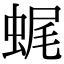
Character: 𧋦